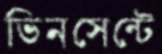
ভিনসেন্টে